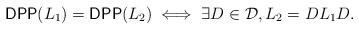
LaTeX: \begin{align*} \textsf{DPP}(L_1)=\textsf{DPP}(L_2) \iff \exists D\in\mathcal D, L_2=DL_1D.\end{align*}